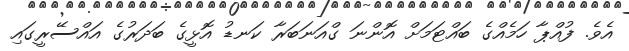
އެވެ. ފުއްޕާ ހަމެއްގެ ބައްޓަމަށް އޮންނަ ގްއަނަބަރާ ކަނޑު އޮޅީގެ ބަދަރުގެ އައްސޭރީގައި